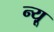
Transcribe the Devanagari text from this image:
न्यू़